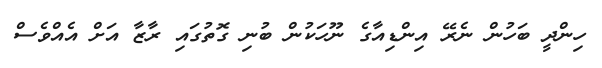
ހިންދީ ބަހުން ނެރޭ އިންޑިއާގެ ނޫހަކުން ބުނި ގޮތުގައި ރާޒާ އަށް އެއްވެސް